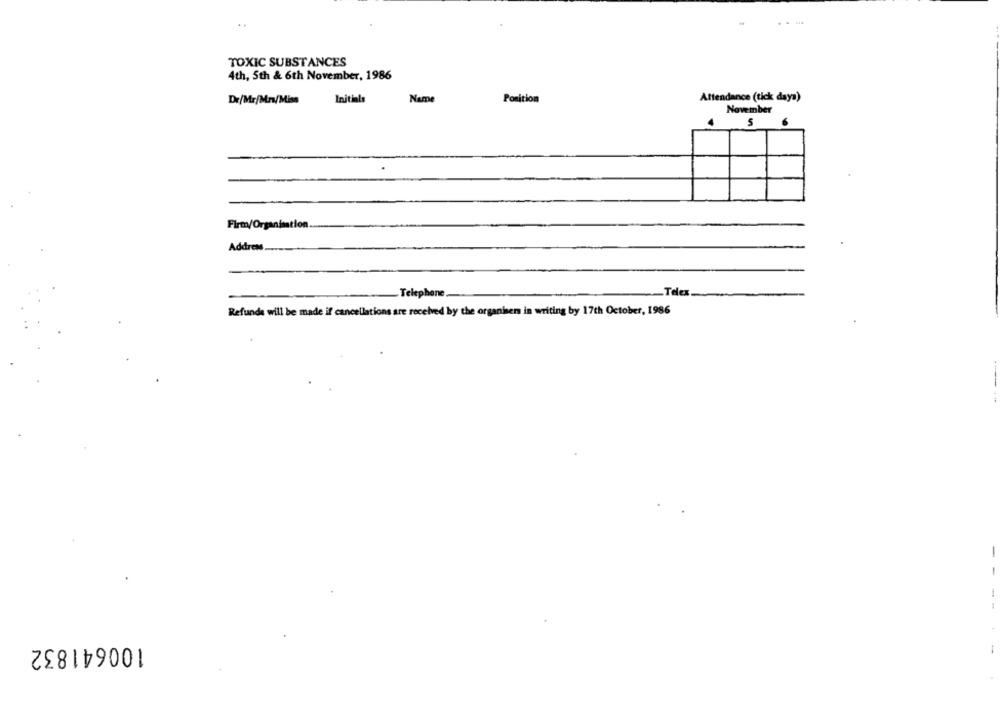
TOXIC SUBSTANCES
4th, 5th & 6th November, 1986
Dr/Mr/Mm/Miss
Initials
Name
Position
Attendance (tick daya)
November
5
Firm/Organisation.
Address
-Telephone
-Telex
Refunde will be made if cancellations are received by the organisen in writing by 17th October, 1986
-
-
100641832